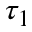
\tau _ { 1 }